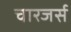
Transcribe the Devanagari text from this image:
चारजर्स